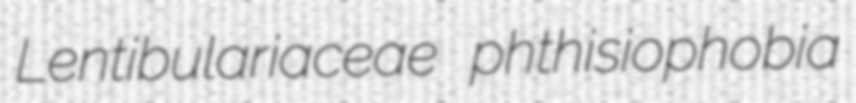
Lentibulariaceae phthisiophobia